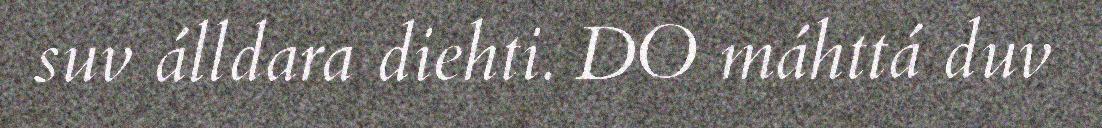
suv álldara diehti. DO máhttá duv